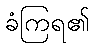
ခံကြရ၏